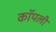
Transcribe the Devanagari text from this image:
कॉपली